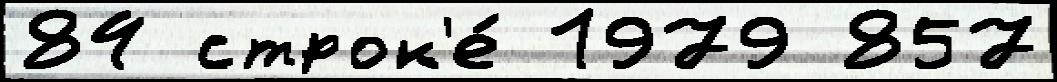
84 строк'е́ 1979 857